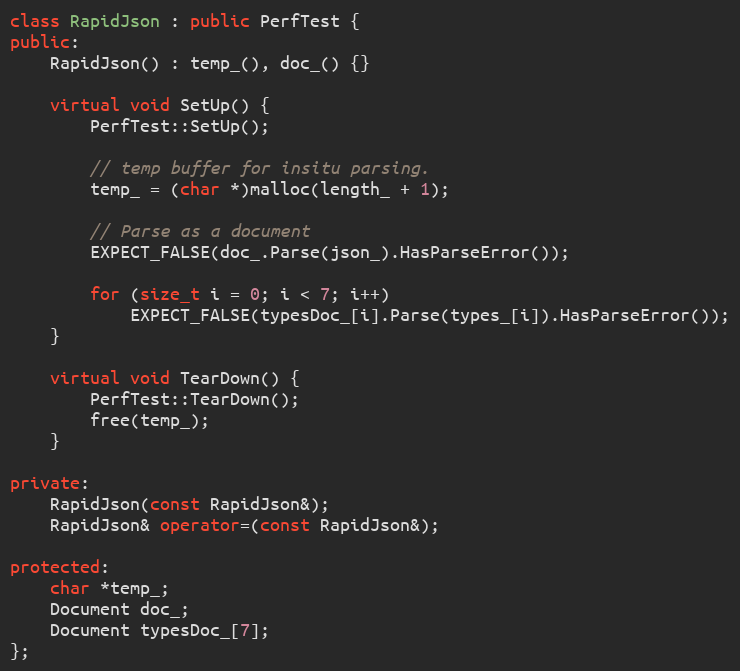
Language: C++
class RapidJson : public PerfTest {
public:
    RapidJson() : temp_(), doc_() {}

    virtual void SetUp() {
        PerfTest::SetUp();

        // temp buffer for insitu parsing.
        temp_ = (char *)malloc(length_ + 1);

        // Parse as a document
        EXPECT_FALSE(doc_.Parse(json_).HasParseError());

        for (size_t i = 0; i < 7; i++)
            EXPECT_FALSE(typesDoc_[i].Parse(types_[i]).HasParseError());
    }

    virtual void TearDown() {
        PerfTest::TearDown();
        free(temp_);
    }

private:
    RapidJson(const RapidJson&);
    RapidJson& operator=(const RapidJson&);

protected:
    char *temp_;
    Document doc_;
    Document typesDoc_[7];
};